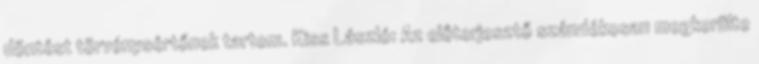
döntést törvénysértőnek tartom. Kiss László: Az előterjesztő szándékosan megkerülte